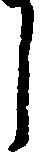
し